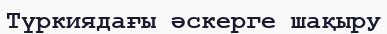
Түркиядағы әскерге шақыру